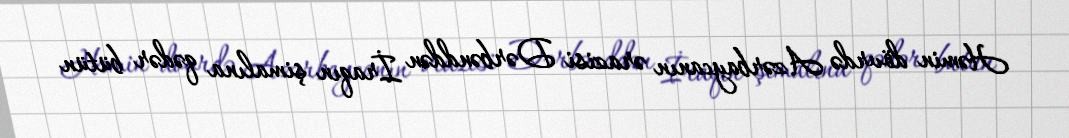
Həmin dövrdə Azərbaycanın ərazisi Dərbənddən İraqın şimalına qədər bütün